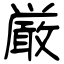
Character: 厳